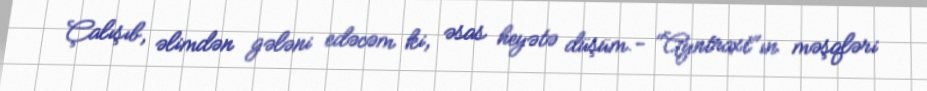
Çalışıb, əlimdən gələni edəcəm ki, əsas heyətə düşüm.- "Ayntraxt"ın məşqləri